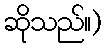
ဆိုသည်။)